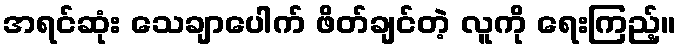
အရင်ဆုံး သေချာပေါက် ဖိတ်ချင်တဲ့ လူကို ရေးကြည့်။